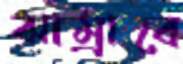
ঝাম্‌রাবে